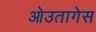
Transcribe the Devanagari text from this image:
ओउतागेस